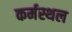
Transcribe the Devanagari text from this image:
कर्मस्थल